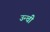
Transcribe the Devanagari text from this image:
उन्ची